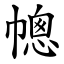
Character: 幒